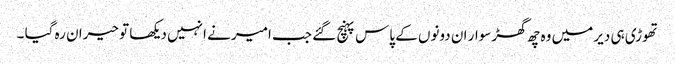
تھوڑی ہی دیر میں وہ چھ گھڑ سوار ان دونوں کے پاس پہنچ گئے جب امیر نے انہیں دیکھا تو حیران رہ گیا ۔